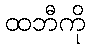
ထဘီကို